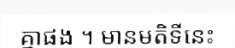
គ្នាផង ។ មានមតិទីនេះ